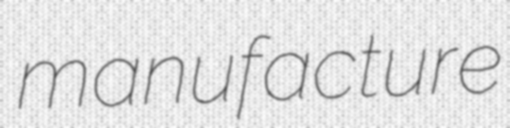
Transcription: manufacture